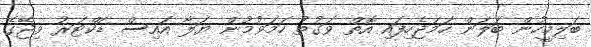
ބަލިމީހުން ބަލަން ހަމަޖެހިފައި އޮތް ވަގުތު ހަމަވުމުން ޔަލާ އައިސް ޑަކްޓަރު ވިޖޭގެ